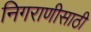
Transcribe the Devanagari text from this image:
निगराणीसाठी